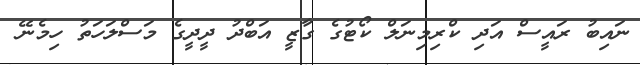
ނައިބު ރައީސް އަދި ކްރިމިނަލް ކޯޓުގެ ގާޒީ އަބްދު ދީދީގެ މަސްލަހަތު ހިމެނޭ